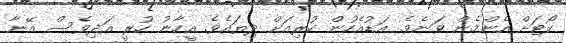
ކޯޓަށް އެންމެން ވަނެވެ. އަޑުއެހުން ކުރިއަށް ދިޔައެވެ. އީހާނު ހުރީ އަދިވެސް އޭނާ